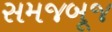
સમજબૂજ